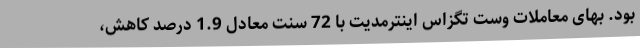
بود. بهای معاملات وست تگزاس اینترمدیت با 72 سنت معادل 1.9 درصد کاهش،